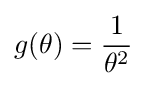
g(\theta )={\frac {1}{\theta ^{2}}}